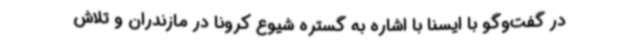
در گفت‌وگو با ایسنا با اشاره به گستره‌ شیوع کرونا در مازندران و تلاش